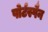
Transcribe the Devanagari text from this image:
पोर्टस्पैन